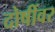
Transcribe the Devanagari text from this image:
दोषींवर